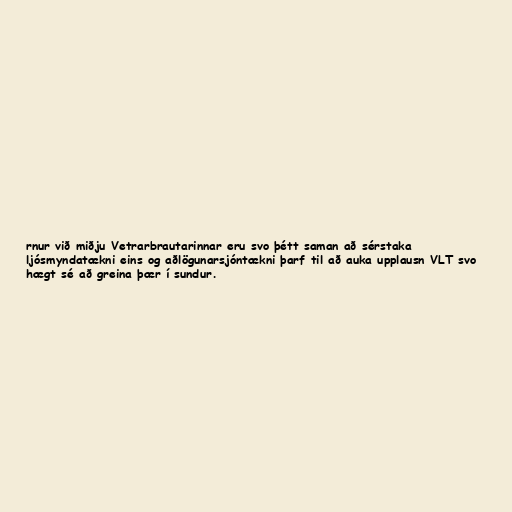
rnur við miðju Vetrarbrautarinnar eru svo þétt saman að sérstaka
ljósmyndatækni eins og aðlögunarsjóntækni þarf til að auka upplausn VLT svo
hægt sé að greina þær í sundur.